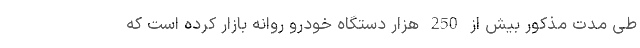
طی مدت مذکور بیش از 250 هزار دستگاه خودرو روانه بازار کرده است که